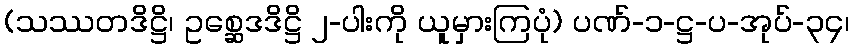
(သဿတဒိဋ္ဌိ၊ ဥစ္ဆေဒဒိဋ္ဌိ ၂-ပါးကို ယူမှားကြပုံ) ပဏ်-၁-ဋ္ဌ-ပ-အုပ်-၃၄၊